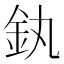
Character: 釻